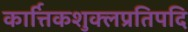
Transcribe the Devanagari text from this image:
कार्त्तिकशुक्लप्रतिपदि